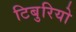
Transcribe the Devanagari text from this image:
टिबुरियो